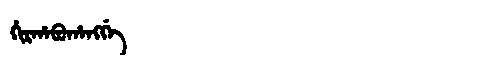
Manchu: ᡥᡳᡵᡥᠠᠪᡠᡥᠠᠩᡤᡝ
Romanization: HIRHABUHANGGE